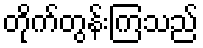
တိုက်တွန်းကြသည်